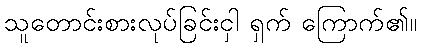
သူတောင်းစားလုပ်ခြင်းငှါ ရှက် ကြောက်၏။